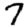
Digit: 7